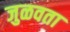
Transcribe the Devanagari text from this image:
जुळवता